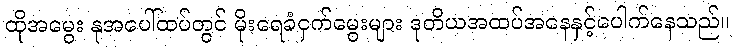
ထိုအမွေး နုအပေါ်ထပ်တွင် မိုးရေခံငှက်မွေးများ ဒုတိယအထပ်အနေနှင့်ပေါက်နေသည်။